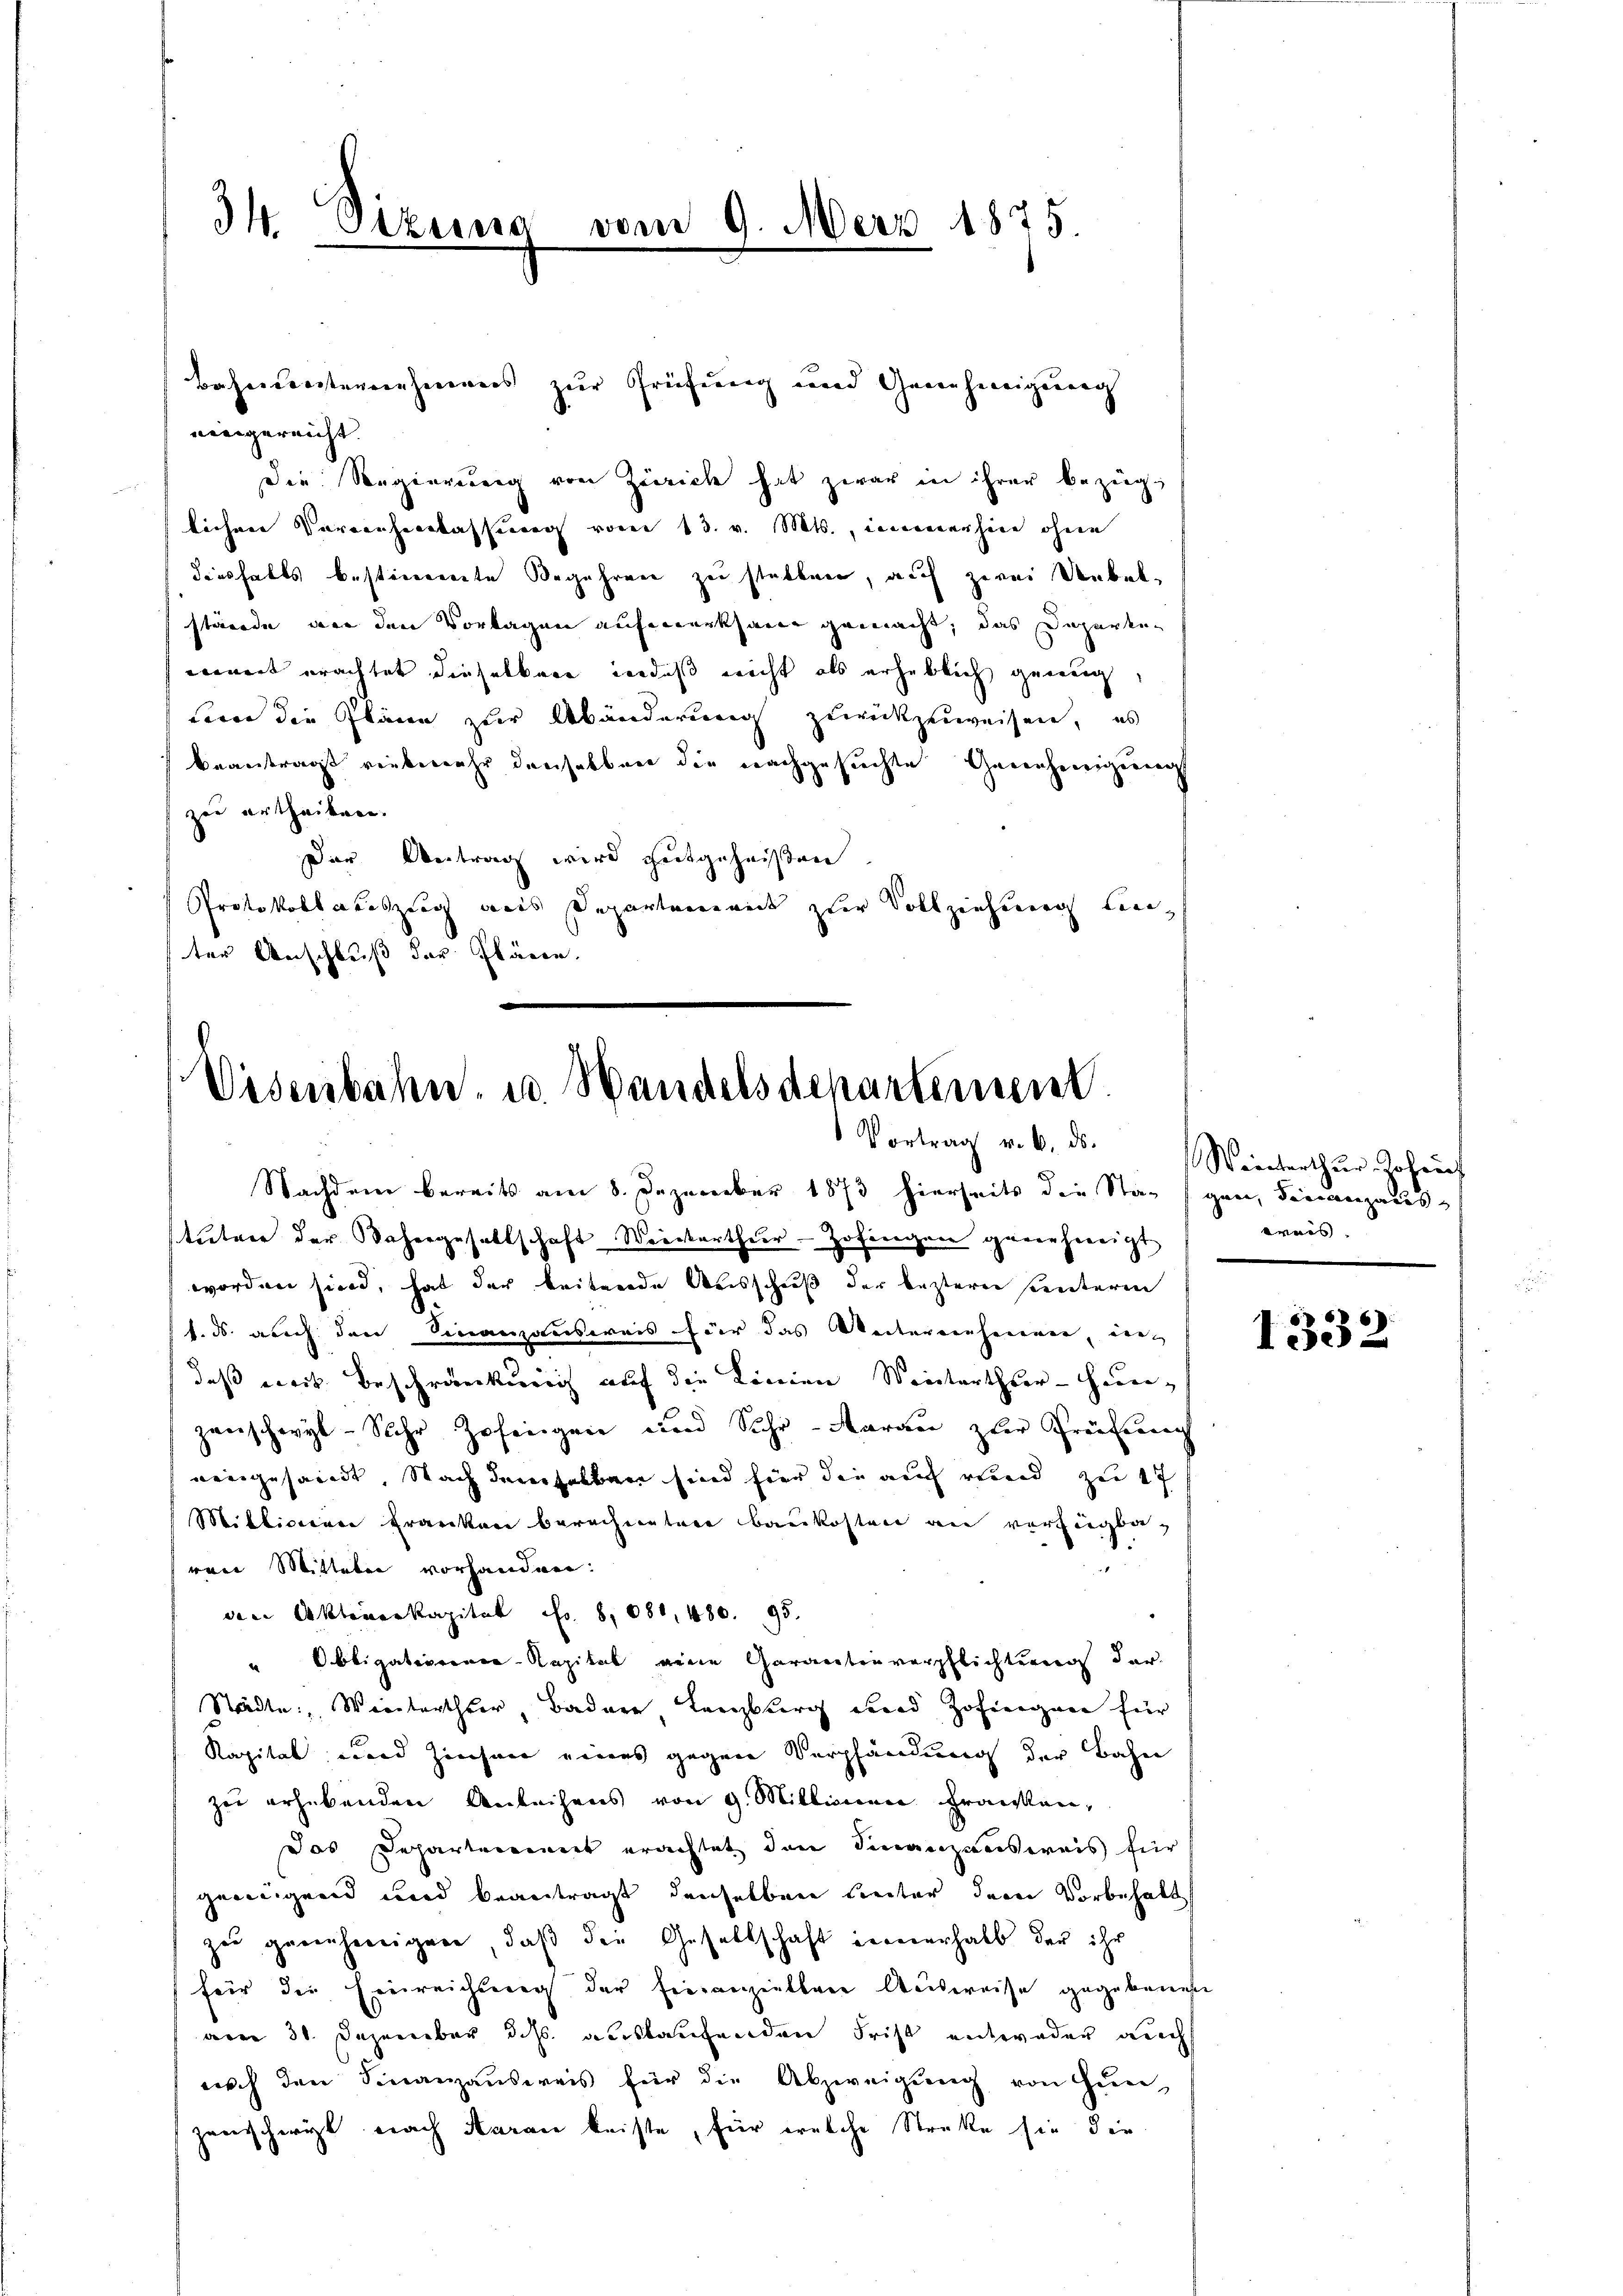
Bahnleisternehmens zur Prüfung und Genehmigung
eingereicht.
Die Regierung von Zeiricle hat zwar in ihrer bezüg
lichere Verrechenlassen vom 13. v. Mts., immerhine ohne
diesfalls bestimmente Begehren zu statten, auf zwei Uebelstände, vor den Vorlagen aufmerksamer gemacht, das Departen
nement erachtet dieselben indeß nicht als erheblich genug,
dern die Pläne zur Abänderung zurückzuweisen, es
beanträgt verbemehr denselben die nachgesuchte Genehmigung
zur ertheilen.
Der Vertrag wird gutgeheißen
Protokoll auszeug was Departenweit zur Vollziehung lieter Anschluß der Plänen.

34. Sizung vom 9. März 1825

Visenbahn, u. Handelsdepartement.
Vortrag v. 6. ds.

Nachdem bereits am 8. Dezember 1873 hierseits die Stangen, Finanzaustutner der Dahergesellschaft Weinkarthier. Hofrechnen genehmigt
worden sind, hat der beitende Weisschuß der leztern heuteren
f. ds. auch den Sinanzausweis für das Weitereinheimen, ein
daß eieck beschränkung auf die Linien Winterthur - Heuganschwyl-Suhr Zofingen und Suhr-Aarau zur Prüfung
aengesandt, Nach demselben sind hier die auch rund zu 17
Millioniere Franken berechnetere Baukosten an verfügbaven Mitteln vorhandern:
den Aktenkapital Fr. 8080, 480. 95.
Obligatiorenen Kapital eine Garantenverpflichtung der
Städte, Winterthur, Badner, Lenzburg und Zofingen für
Kapital wird Zinsen eines gegen Verpfändung der Bahn
zu erhebenden Anleihens von 9. Millionen Franken,
das Departement erachtet den Finanzensweis für
genügend und beantragt, denselben unter dem Vorbehalt
zu genehmigen, daß die Gesellschaft innerhalb der ihr
für die Einreichung der Finanziellen Aŭsweise gegebenen
aren 31. Dezember d. Js. auslaufenden Frist entweder auch
nach den Finanzausweis für die Abzweigung von Zŭn-
zenschwist nach daran leiste, für welche Streke sie die

Winterthŭr Johans
wais

1332.